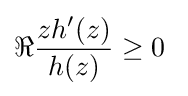
\Re {zh^{\prime }(z) \over h(z)}\geq 0~